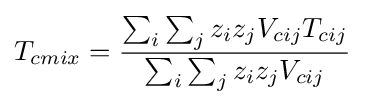
T_{cmix}={\frac {\sum _{i}\sum _{j}z_{i}z_{j}V_{cij}T_{cij}}{\sum _{i}\sum _{j}z_{i}z_{j}V_{cij}}}